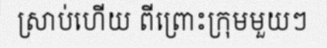
ស្រាប់ហើយ ពីព្រោះក្រុមមួយៗ